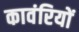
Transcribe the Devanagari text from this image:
कावंरियों